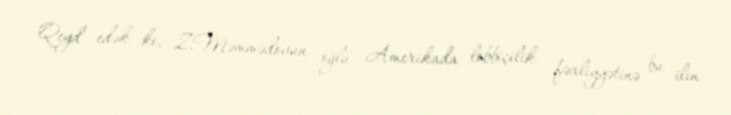
Qeyd edək ki, Z.Məmmədovun oğlu Amerikada lobbiçilik fəaliyyətinə bu ilin